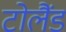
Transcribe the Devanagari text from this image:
टोलैंड